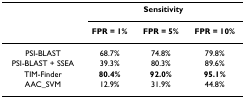
<table><thead><tr><td></td><td colspan="3"><b>Sensitivity</b></td></tr><tr><td></td><td><b>FPR = 1%</b></td><td><b>FPR = 5%</b></td><td><b>FPR = 10%</b></td></tr></thead><tbody><tr><td>PSI-BLAST</td><td>68.7%</td><td>74.8%</td><td>79.8%</td></tr><tr><td>PSI-BLAST + SSEA</td><td>39.3%</td><td>80.3%</td><td>89.6%</td></tr><tr><td>TIM-Finder</td><td><b>80.4%</b></td><td><b>92.0%</b></td><td><b>95.1%</b></td></tr><tr><td>AAC_SVM</td><td>12.9%</td><td>31.9%</td><td>44.8%</td></tr></tbody></table>